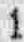
1